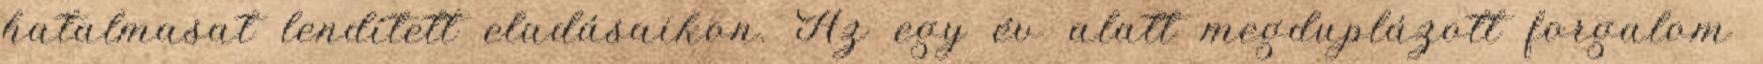
hatalmasat lendített eladásaikon. Az egy év alatt megduplázott forgalom